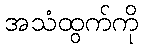
အသံထွက်ကို